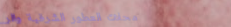
محلات العطور الشرقية والر